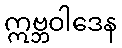
ဣဗ္ဘဝါဒေန